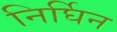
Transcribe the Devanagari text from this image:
निर्घिन